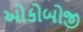
ઓકોબોજી